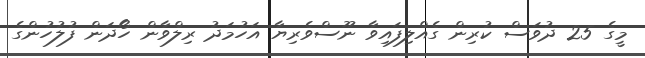
މީގެ 25 ދުވަސް ކުރިން ގެއްލިފައިވާ ނޫސްވެރިޔާ އަހުމަދު ރިލްވާން ހޯދަން ފުލުހުންގެ